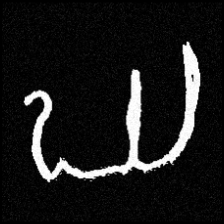
Pyu character \u2014 Myanmar letter: ဃ (romanized: gha)